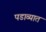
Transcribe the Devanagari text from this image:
पडाव्यात